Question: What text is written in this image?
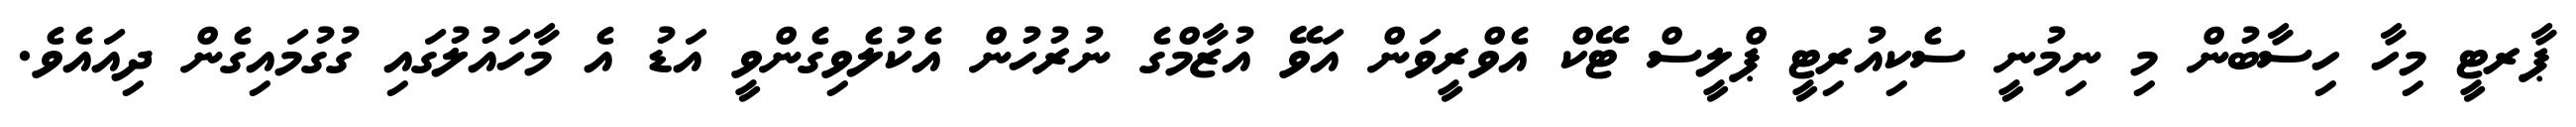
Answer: ޕާރޓީ މިހާ ހިސާބުން މި ނިމުނީ ސެކިއުރިޓީ ޕްލީސް ޓޭކް އެވްރީވަން އަވޭ އުޒާމްގެ ނުރުހުން އެކުލެވިގެންވީ އަޑު އެ މާހައުލުގައި ގުގުމައިގެން ދިއައެވެ.